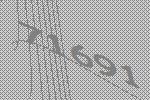
71691